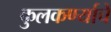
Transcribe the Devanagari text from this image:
कुलकर्ण्याचे